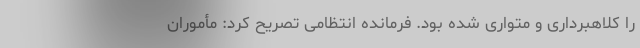
را کلاهبرداری و متواری شده بود. فرمانده انتظامی تصریح کرد: مأموران